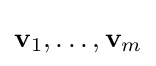
\mathbf {v} _{1},\ldots ,\mathbf {v} _{m}